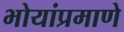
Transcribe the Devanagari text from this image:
भोयांप्रमाणे